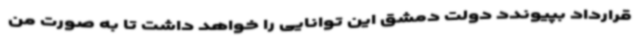
قرارداد بپیوندد دولت دمشق این توانایی را خواهد داشت تا به صورت من